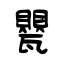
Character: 甖